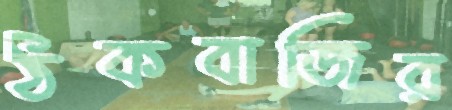
ঠকবাজির